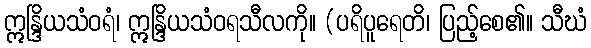
ဣန္ဒြိယသံဝရံ၊ ဣန္ဒြိယသံဝရသီလကို။ (ပရိပူရေတိ၊ ပြည့်စေ၏။ သီဃံ